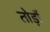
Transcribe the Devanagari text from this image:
तोड़ों